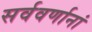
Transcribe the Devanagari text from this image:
सर्ववर्णानां